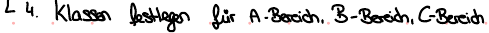
4. Klassen festlegen für A-Bereich, B-Bereich, C-Bereich